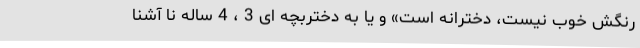
رنگش خوب نیست، دخترانه است» و یا به دختربچه ای 3 ، 4 ساله نا آشنا